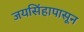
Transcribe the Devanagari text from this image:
जयसिंहापासून